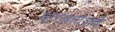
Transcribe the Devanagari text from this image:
बांग्लादेशचे